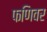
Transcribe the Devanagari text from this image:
फणिवर